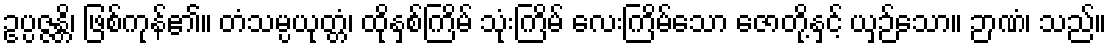
ဥပ္ပဇ္ဇန္တိ၊ ဖြစ်ကုန်၏။ တံသမ္ပယုတ္တံ၊ ထိုနှစ်ကြိမ် သုံးကြိမ် လေးကြိမ်သော ဇောတို့နှင့် ယှဉ်သော။ ဉာဏံ၊ သည်။